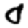
Digit: 0